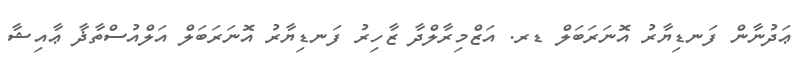
ޢަދުނާން ފަނޑިޔާރު އޮނަރަބަލް ޑރ. އަޒްމިރާލްދާ ޒާހިރު ފަނޑިޔާރު އޮނަރަބަލް އަލްއުސްތާޛާ ޢާއިޝާ